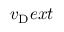
v _ { \mathrm Ḋ } e x t Ḍ